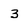
Character: 3